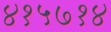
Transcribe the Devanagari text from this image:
४१५७१४